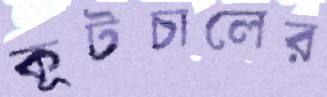
কূটচালের